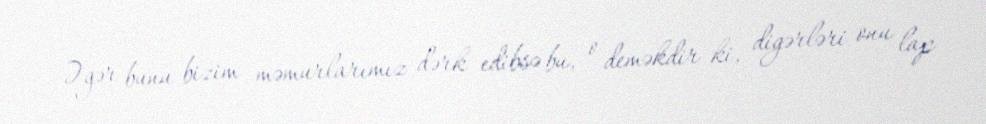
Əgər bunu bizim məmurlarımız dərk edibsə bu, o deməkdir ki, digərləri onu lap